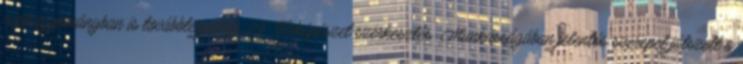
néphagyományban is továbbterjedtek. 29 Térképészet szerkesztés Munkásságában jelentős szerepet játszott a